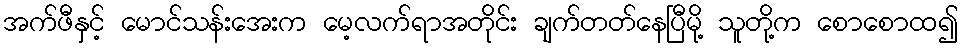
အက်ဖီနှင့် မောင်သန်းအေးက မေ့လက်ရာအတိုင်း ချက်တတ်နေပြီမို့ သူတို့က စောစောထ၍